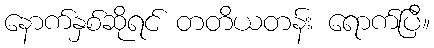
နောက်နှစ်ဆိုရင် တတိယတန်း ရောက်ပြီ။